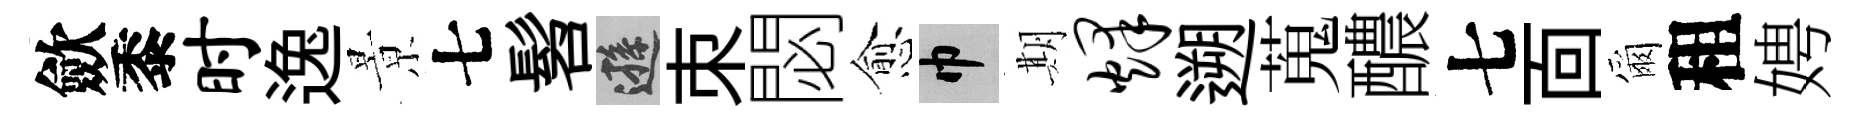
歛黍时逸㬌七髫遜朿閟愈巾期烽遡蒐醲七靣爾租娉